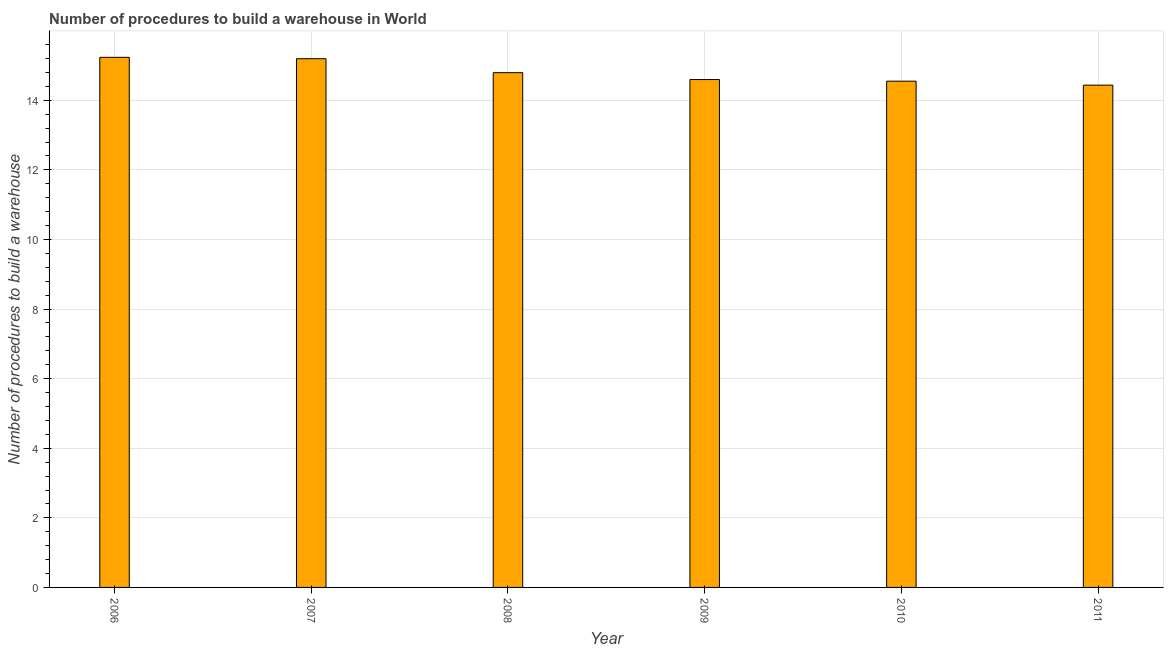
| Year | Build a warehouse |
 | --- | --- |
 | 2006 | 15.2 |
 | 2007 | 15.2 |
 | 2008 | 14.8 |
 | 2009 | 14.6 |
 | 2010 | 14.5 |
 | 2011 | 14.4 |